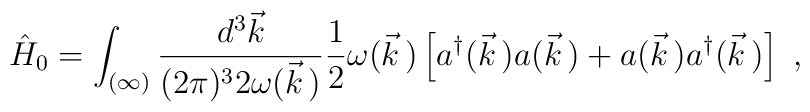
\hat{H}_0=\int_{(\infty)}\frac{d^3\vec{k}}{(2\pi)^32\omega(\vec{k}\,)}\frac{1}{2}\omega(\vec{k}\,)\left[a^\dagger(\vec{k}\,)a(\vec{k}\,)+a(\vec{k}\,)a^\dagger(\vec{k}\,)\right]\ ,